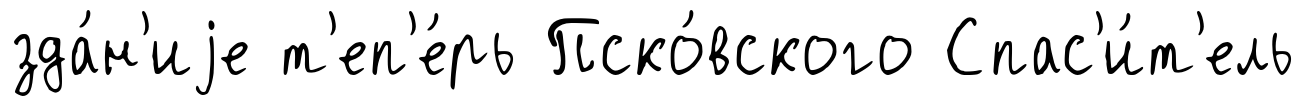
зда́н'иjе т'еп'е́рь Пско́вского Спас'и́т'ель